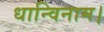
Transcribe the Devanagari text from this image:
धान्विनाम।